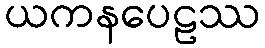
ယကနပေဠဿ